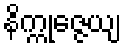
နိက္ကုဇ္ဇေယျ